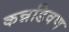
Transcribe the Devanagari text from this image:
कन्नडिवण